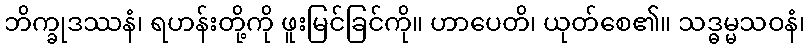
ဘိက္ခုဒဿနံ၊ ရဟန်းတို့ကို ဖူးမြင်ခြင်ကို။ ဟာပေတိ၊ ယုတ်စေ၏။ သဒ္ဓမ္မသဝနံ၊